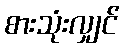
စားသုံးလျှင်